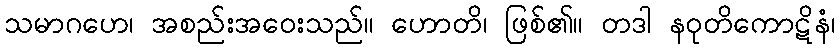
သမာဂဟေ၊ အစည်းအဝေးသည်။ ဟောတိ၊ ဖြစ်၏။ တဒါ နဝုတိကောဋိနံ၊